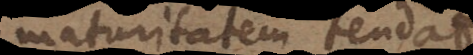
maturitatem tendat